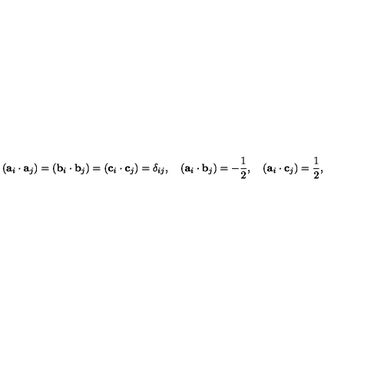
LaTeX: ( { \bf a } _ { i } \cdot { \bf a } _ { j } ) = ( { \bf b } _ { i } \cdot { \bf b } _ { j } ) = ( { \bf c } _ { i } \cdot { \bf c } _ { j } ) = \delta _ { i j } , \quad ( { \bf a } _ { i } \cdot { \bf b } _ { j } ) = - \frac { 1 } { 2 } , \quad ( { \bf a } _ { i } \cdot { \bf c } _ { j } ) = \frac { 1 } { 2 } , \quad